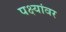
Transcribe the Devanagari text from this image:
पक्ष्यांवर